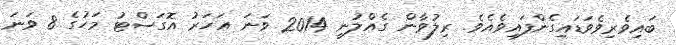
ބައިވެރިވެވަޑައިގެންފައިވެއެވެ. ރިލުވާން ގެއްލުނީ 2014 ވަނަ އަހަރު އޮގަސްޓު މަހުގެ 8 ވަނަ